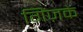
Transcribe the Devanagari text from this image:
गिंज़के